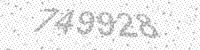
Solution: 749928